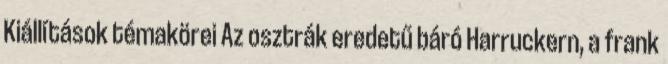
Kiállítások témakörei Az osztrák eredetű báró Harruckern, a frank